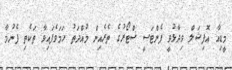
މީޑިއާ އޮފިޝަލް ވިދާޅުވީ ފެންޓަސީ ސްޓޯރުގެ ތެރެއިން މުއްދަތު ހަމަވެފައިވާ ތަކެތި ފެނުމާ